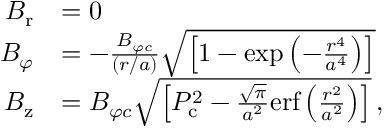
\begin{array} { r l } { B _ { \mathrm { r } } } & { = 0 } \\ { B _ { \varphi } } & { = - \frac { B _ { \varphi c } } { ( r / a ) } \sqrt { \left[ 1 - \mathrm { e x p } \left( - \frac { r ^ { 4 } } { a ^ { 4 } } \right) \right] } } \\ { B _ { \mathrm { z } } } & { = B _ { \varphi c } \sqrt { \left[ P _ { \mathrm { c } } ^ { 2 } - \frac { \sqrt { \pi } } { a ^ { 2 } } \mathrm { e r f } \left( \frac { r ^ { 2 } } { a ^ { 2 } } \right) \right] } \, , } \end{array}